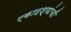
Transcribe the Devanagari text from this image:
एकादश्यांची